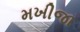
મખીજા